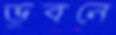
ভুবনে